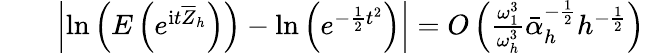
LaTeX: \begin{array}{rlr}&{}&{\left|\mathrm{ln}\left(E\left(e^{\mathrm{i}t\overline{{Z}}_{h}}\right)\right)-\mathrm{ln}\left(e^{-\frac{1}{2}t^{2}}\right)\right|=O\left(\frac{\omega_{1}^{3}}{\omega_{h}^{3}}\bar{\alpha}_{h}^{-\frac{1}{2}}h^{-\frac{1}{2}}\right)}\end{array}